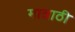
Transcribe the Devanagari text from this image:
मात्राठी